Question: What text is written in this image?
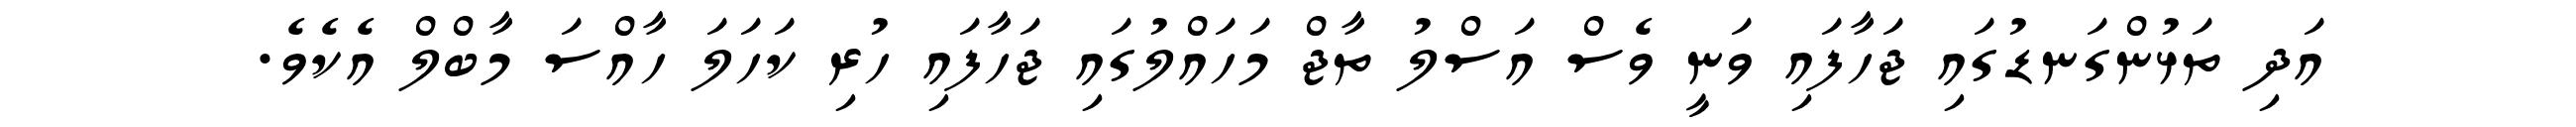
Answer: އަދި ތަޅުންގަނޑުގައި ޖަހާފައި ވަނީ ވެސް އަސްލު ތާޖް މަހައްލުގައި ޖަހާފައި ހުރި ކަހަލަ ހާއްސަ މާބްލް އެކެވެ.